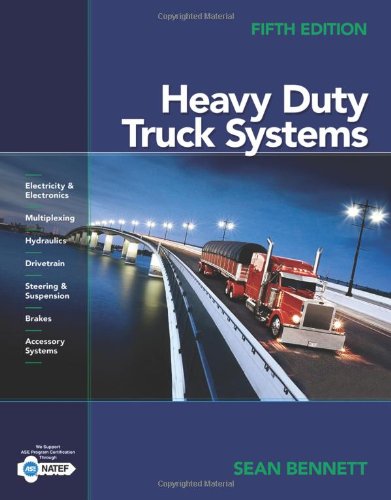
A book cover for Heavy Duty Truck Systems; Sean Bennett; Engineering & Transportation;